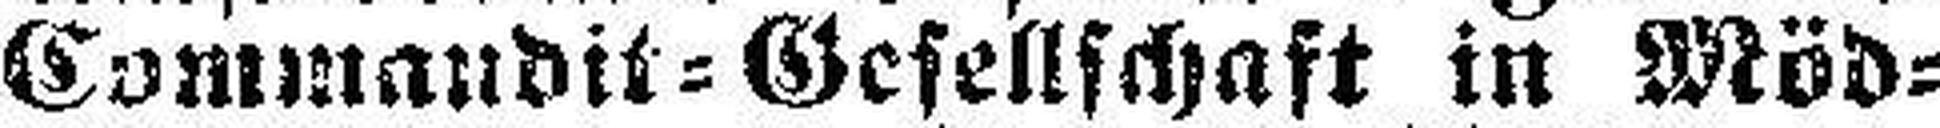
Conmandit = Gesellschaft in Möd¬